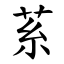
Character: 䒺